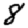
Digit: 8